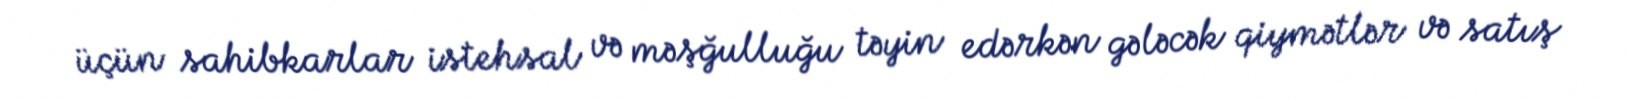
üçün sahibkarlar istehsal və məşğulluğu təyin edərkən gələcək qiymətlər və satış